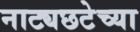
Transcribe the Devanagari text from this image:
नाट्यछटेच्या